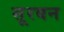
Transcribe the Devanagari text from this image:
सूरबन